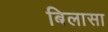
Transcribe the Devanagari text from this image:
बिलासा